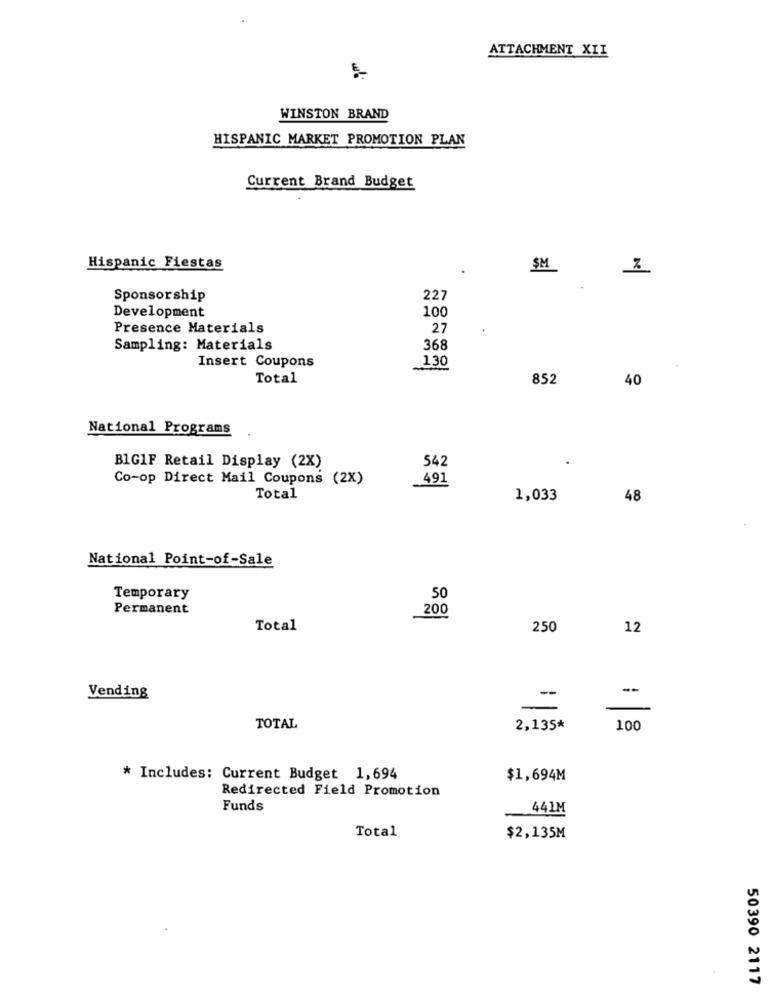
ATTACHMENT XII
WINSTON BRAND
HISPANIC MARKET PROMOTION PLAN
Current Brand Budget
Hispanic Fiestas
$M
Sponsorship
227
Development
100
Presence Materials
27
Sampling: Materials
368
Insert Coupons
130
Total
852
40
National Programs
B1G1F Retail Display (2X)
542
Co-op Direct Mail Coupons (2X)
491
Total
1,033
48
National Point-of-Sale
Temporary
50
Permanent
200
Total
250
12
--
Vending
=
TOTAL
2,135*
100
* Includes: Current Budget 1,694
$1,694M
Redirected Field Promotion
Funds
441M
Total
$2,135M
50390 2117